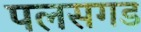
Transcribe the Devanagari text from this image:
पलसगड